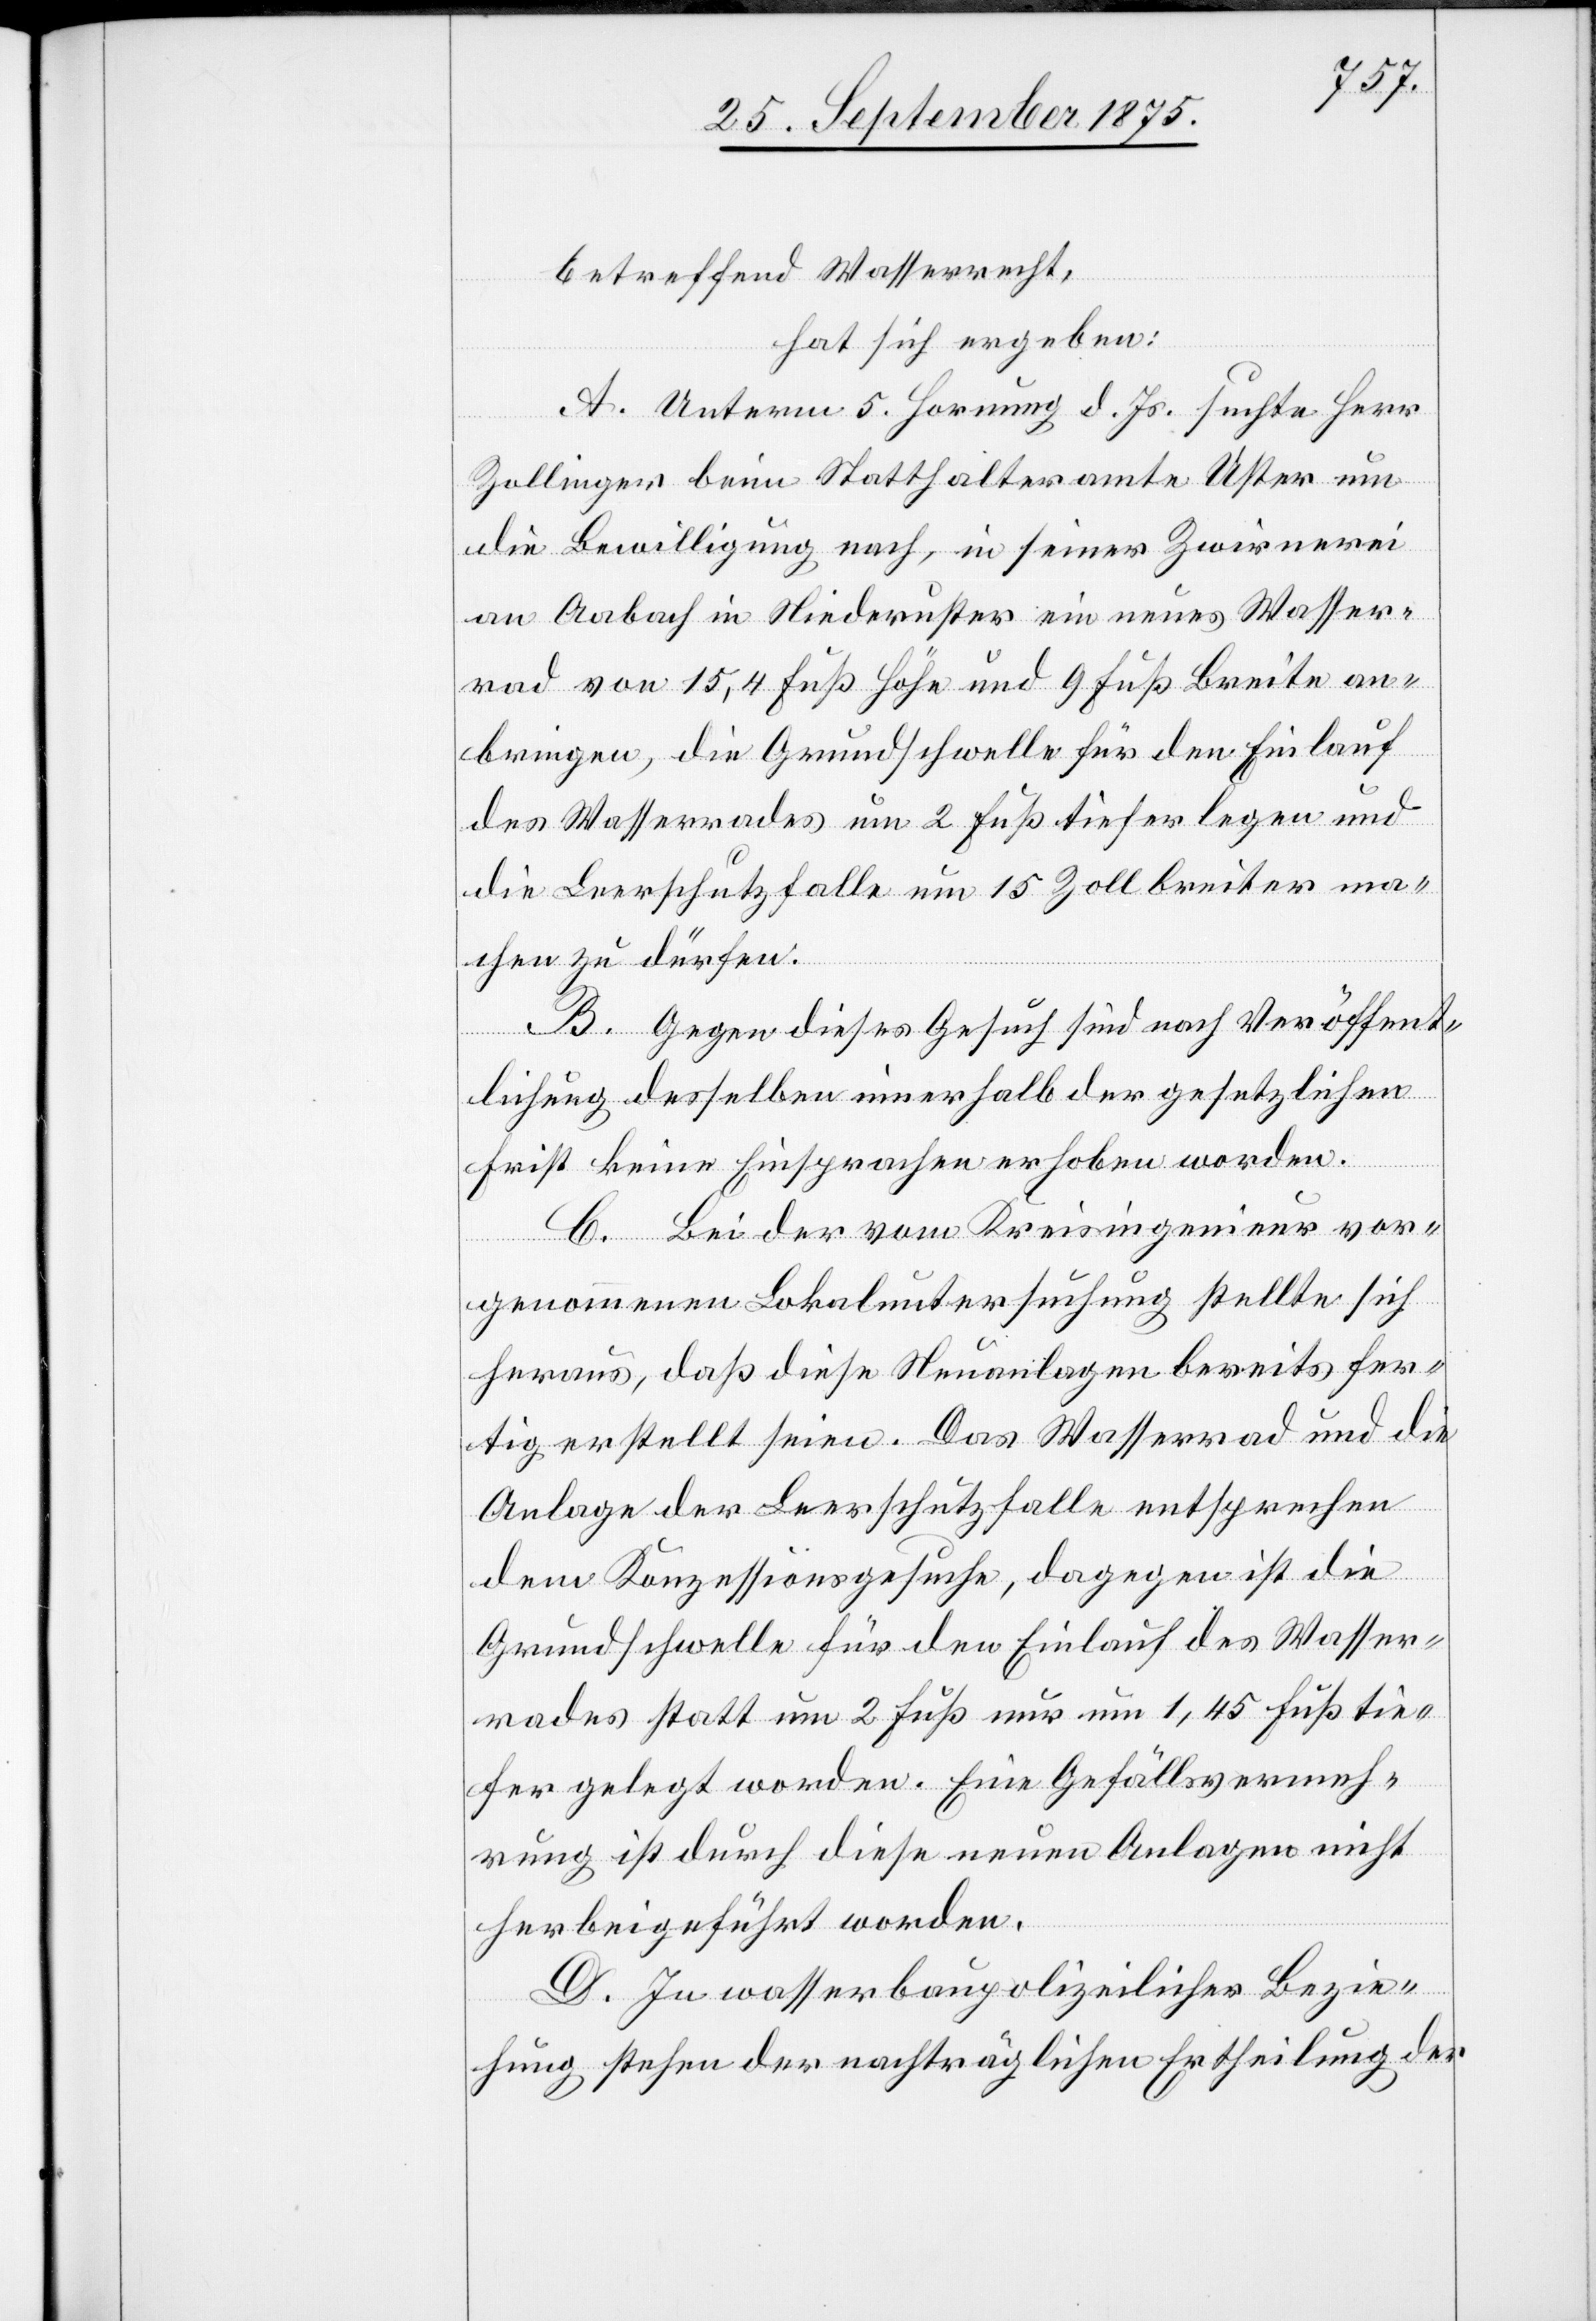
betreffend Wasserrecht,
hat sich ergeben:
A. Unterm 5. Hornung d. Js. suchte Herr
Zollinger beim Statthalteramte Uster um
die Bewilligung nach, in seiner Zwirnerei
Aabach in Niederuster ein neues Wasser¬
rad von 15,4 Fuß Höhe und 9 Fuß Breite an¬
bringen, die Grundschwelle für den Einlauf
des Wasserrades um 2 Fuß tiefer legen und
die Leerschutzfalle um 15 Zoll breiter ma¬
chen zu dürfen.
B. Gegen dieses Gesuch sind nach Veröffent¬
lichung desselben innerhalb der gesetzlichen
Frist keine Einsprachen erhoben worden.
C. Bei der vom Kreisingenieur vor¬
genommenen Lokaluntersuchung stellte sich
heraus, daß diese Neuanlagen bereits fer¬
tig erstellt seien. Das Wasserrad und die
Anlage der Leerschutzfalle entsprechen
dem Konzessionsgesuche, dagegen ist die
Grundschwelle für den Einlauf des Wasser¬
rades statt um 2 Fuß nur um 1,45 Fuß tie¬
fer gelegt worden. Eine Gefällsvermeh¬
rung ist durch diese neuen Anlagen nicht
herbeigeführt worden.
D. In wasserbaupolizeilicher Bezie¬
hung stehen der nachträglichen Ertheilung der